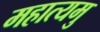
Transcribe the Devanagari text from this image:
महात्यमु